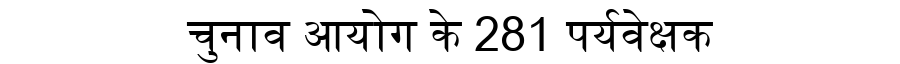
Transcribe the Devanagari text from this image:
चुनाव आयोग के 281 पर्यवेक्षक